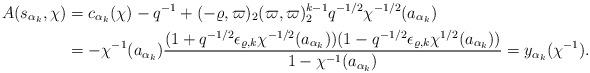
LaTeX: \begin{align*}A(s_{\alpha_k},\chi)&=c_{\alpha_k}(\chi)-q^{-1}+(-\varrho,\varpi)_2(\varpi,\varpi)_2^{k-1}q^{-1/2}\chi^{-1/2}(a_{\alpha_k})\\&=-\chi^{-1}(a_{\alpha_k})\frac{(1+q^{-1/2}\epsilon_{\varrho,k}\chi^{-1/2}(a_{\alpha_k}))(1-q^{-1/2}\epsilon_{\varrho,k}\chi^{1/2}(a_{\alpha_k}))}{1-\chi^{-1}(a_{\alpha_k})}=y_{\alpha_k}(\chi^{-1}).\end{align*}